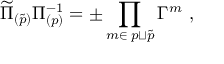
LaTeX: \widetilde \Pi _ { ( \widetilde p ) } \Pi _ { ( p ) } ^ { - 1 } = \pm \prod _ { m \in \; p \sqcup { \widetilde p } } \Gamma ^ { m } \ ,